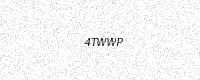
Text: 4TWWP